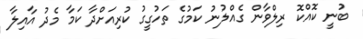
ބުނީ ކޮއްކޮ ރިލްވާން ގެއްލުނު ކަމުގެ ތަހުގީގު ކުރިއަށްދާ ކަމާ މެދު އާއިލާ